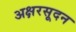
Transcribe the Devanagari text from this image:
अक्षरसूदन